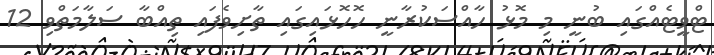
ޓްވީޓެއްގައި ބުނީ މި މޮޅު ހާއްސަކުރާނީ ހޮހޮޅައިގައި ތާށިވެފައި ތިއްބާ ސަލާމަތްވި 12